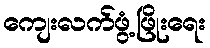
ကျေးလက်ဖွံ့ဖြိုးရေး